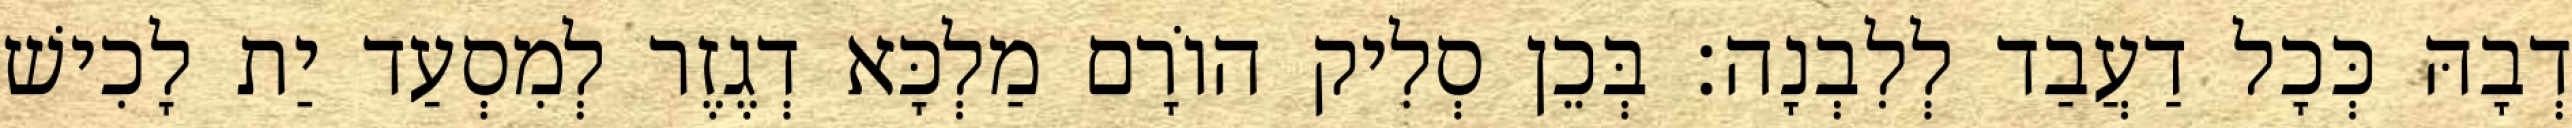
דְבָהּ כְּכָל דַעֲבַד לְלִבְנָה׃ בְּכֵן סְלִיק הוֹרָם מַלְכָּא דְגֶזֶר לְמִסְעַד יַת לָכִישׁ